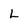
Character: L